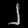
Digit: ၂